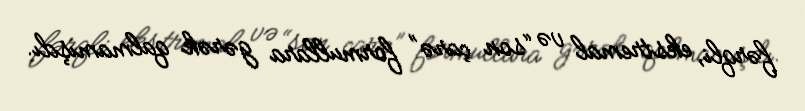
fərqli, ekstremal və “son çarə” formullara gərək qalmamışdı.